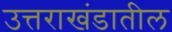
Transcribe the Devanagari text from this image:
उत्तराखंडातील